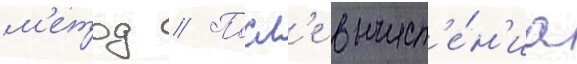
м'етод // Посл'е вычисл'е́н'иа